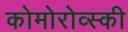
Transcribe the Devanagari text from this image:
कोमोरोव्स्की